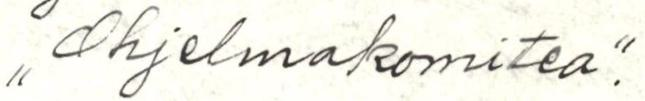
,,Ohjelmakomitea."